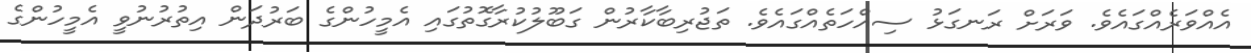
އެއްވަރެއްގައެވެ. ވަރަށް ރަނގަޅު ސިއްހަތެއްގައެވެ. ތަޖުރިބާކާރުން ގަބޫލުކުރާގޮތުގައި އެމީހުންގެ ބަރުދަން އިތުރުނުވީ އެމީހުންގެ